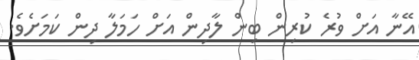
އޭނާ އަށް ވުރެ ކުރިން ބިން ލާދިން އަށް ހަމަލާ ދިން ކަމަށެވެ.